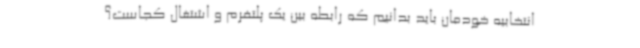
انتخابیه خودمان باید بدانیم که رابطه بین یک پلتفرم و اشتغال کجاست؟